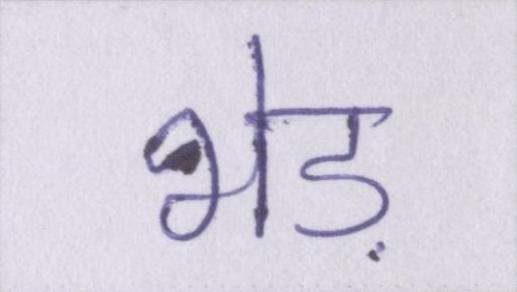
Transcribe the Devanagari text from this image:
भेड़